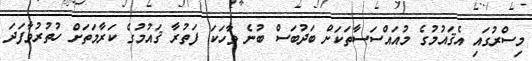
މިސްރުގައި އެޤައުމުގެ މުއައްސަސާތަކަށް ބަދުބަސް ބުނެ ވާހަކަ ފަތުރާ ޤައުމުގެ ކަރާމަތަށް ހުތުރުވާފަދަ